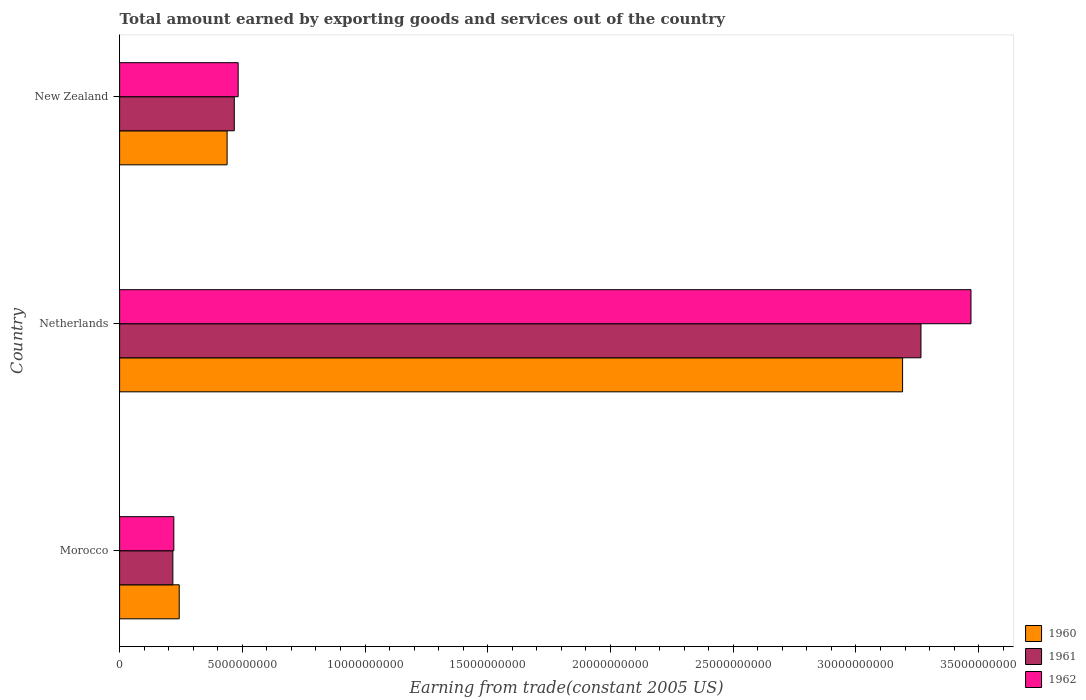
| Country | 1960 | 1961 | 1962 |
 | --- | --- | --- | --- |
 | Morocco | 2.43e+09 | 2.17e+09 | 2.21e+09 |
 | Netherlands | 3.19e+10 | 3.26e+10 | 3.47e+10 |
 | New Zealand | 4.38e+09 | 4.67e+09 | 4.83e+09 |